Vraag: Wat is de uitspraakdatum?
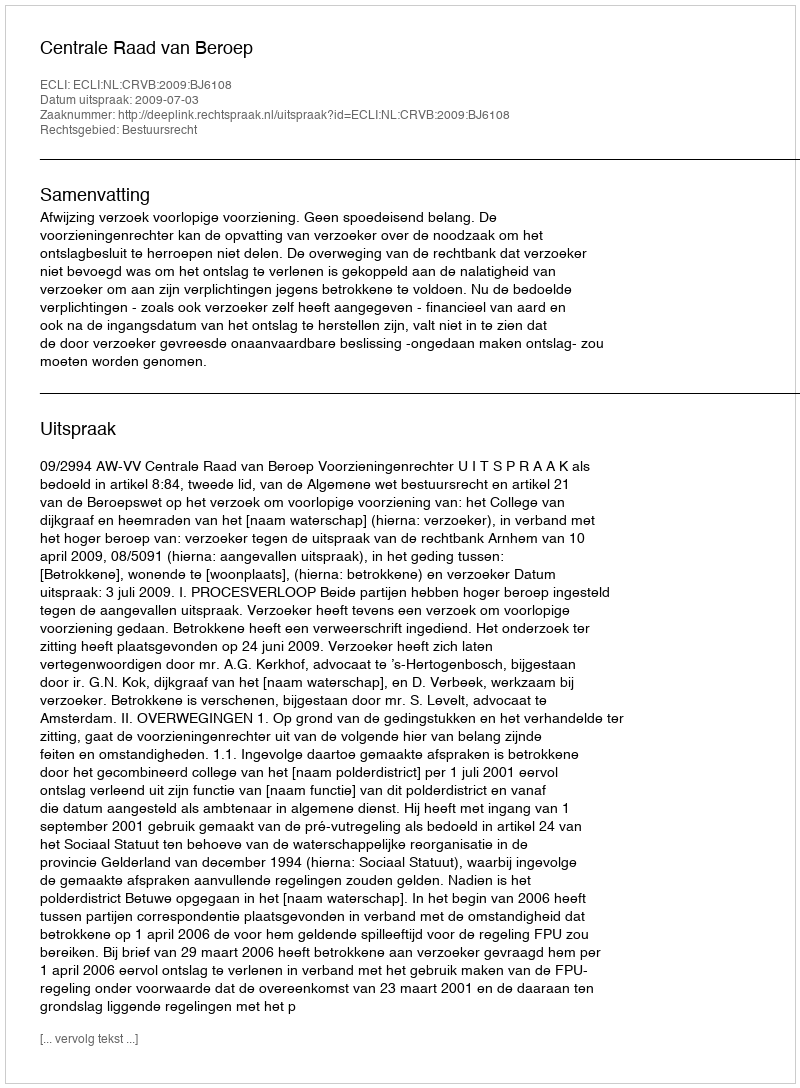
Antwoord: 2009-07-03